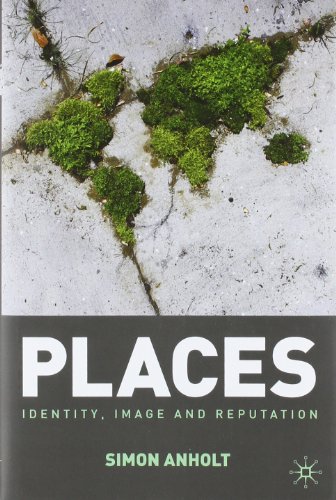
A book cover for Places: Identity, Image and Reputation; Simon Anholt; Business & Money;